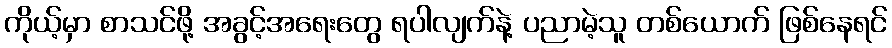
ကိုယ့်မှာ စာသင်ဖို့ အခွင့်အရေးတွေ ရပါလျက်နဲ့ ပညာမဲ့သူ တစ်ယောက် ဖြစ်နေရင်